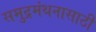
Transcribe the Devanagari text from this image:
समुद्रमंथनासाठी